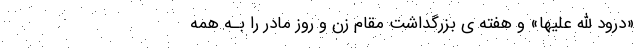
«درود الله علیها» و هفته ي بزرگداشت مقام زن و روز مادر را بـه همه